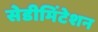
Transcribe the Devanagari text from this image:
सेडीमिंटेशन